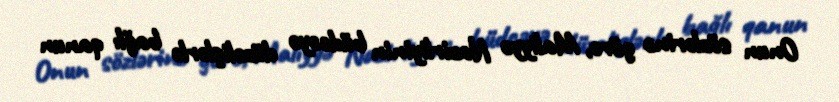
Onun sözlərinə görə, Maliyyə Nazirliyinin büdcəyə düzəlişlərlə bağlı qanun